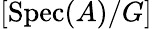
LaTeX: [{\mathrm{Spec}}(A)/G]